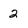
Character: 2